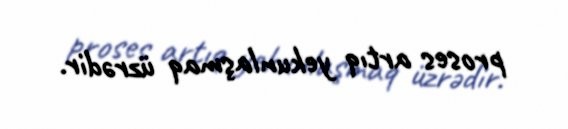
proses artıq yekunlaşmaq üzrədir.